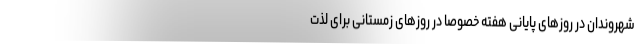
شهروندان در روز‌های پایانی هفته خصوصا در روز‌های زمستانی برای لذت